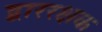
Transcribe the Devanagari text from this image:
द्बाररक्षक